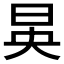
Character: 𪰔